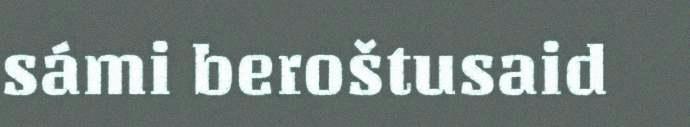
sámi beroštusaid